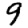
Digit: 9